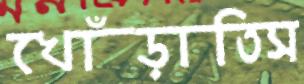
খোঁড়াতিস